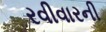
રવીવારની